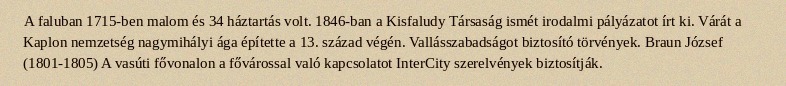
A faluban 1715-ben malom és 34 háztartás volt. 1846-ban a Kisfaludy Társaság ismét irodalmi pályázatot írt ki. Várát a Kaplon nemzetség nagymihályi ága építette a 13. század végén. Vallásszabadságot biztosító törvények. Braun József (1801-1805) A vasúti fővonalon a fővárossal való kapcsolatot InterCity szerelvények biztosítják.